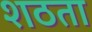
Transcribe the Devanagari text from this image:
शठता